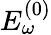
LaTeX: E_{\omega}^{(0)}